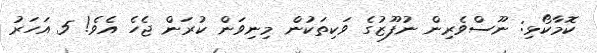
ކޮމާކޯޅި: ނޫސްވެރިން ނުފޫޒުގެ ވަކިތަކުން މިނިވަން ކުރަން ޖެހެ އެވެ! 5 އަހަރު